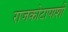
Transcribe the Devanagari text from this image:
राजकोटापाशी